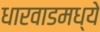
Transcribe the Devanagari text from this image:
धारवाडमध्ये